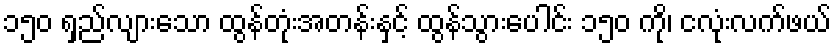
၁၅၀ ရှည်လျားသော ထွန်တုံးအတန်းနှင့် ထွန်သွားပေါင်း ၁၅၀ ကို၊ ငလုံးလက်ဖယ်